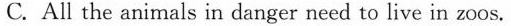
C. All the animals in danger need to live in zoos.